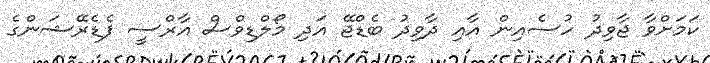
ކަމަށްވާ ޖާވިދު ހުސެއިން އާއި ދާވިދު ބެޑްޖޭ އަދި މޯލްޑިވްސް އާރްސީ ފެޑެރޭޝަންގެ